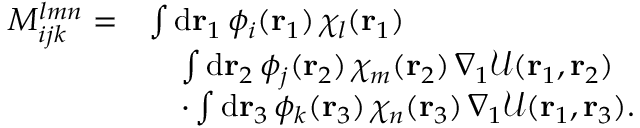
\begin{array} { r l } { M _ { i j k } ^ { l m n } = } & { \int \mathrm { d } { \mathbf { r } _ { 1 } } \, \phi _ { i } ( { \mathbf { r } _ { 1 } } ) \, \chi _ { l } ( { \mathbf { r } _ { 1 } } ) } \\ & { \quad \int \mathrm { d } { \mathbf { r } _ { 2 } } \, \phi _ { j } ( { \mathbf { r } _ { 2 } } ) \, \chi _ { m } ( { \mathbf { r } _ { 2 } } ) \, \nabla _ { 1 } \mathcal { U } ( { \mathbf { r } _ { 1 } } , { \mathbf { r } _ { 2 } } ) } \\ & { \quad \cdot \int \mathrm { d } { \mathbf { r } _ { 3 } } \, \phi _ { k } ( { \mathbf { r } _ { 3 } } ) \, \chi _ { n } ( { \mathbf { r } _ { 3 } } ) \, \nabla _ { 1 } \mathcal { U } ( { \mathbf { r } _ { 1 } } , { \mathbf { r } _ { 3 } } ) \mathrm { . } } \end{array}